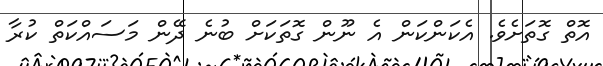
އޮތް ގޮތަށެވެ. އެކަންކަން އެ ނޫން ގޮތަކަށް ބުނެ ދޭން މަސައްކަތް ކުރާ